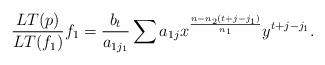
LaTeX: \begin{align*}\frac{LT(p)}{LT(f_1)} f_1 = \frac{b_t}{a_{1j_1}} \sum a_{1j}x^{\frac{n-n_2(t+j-j_1)}{n_1}}y^{t+j-j_1}.\end{align*}